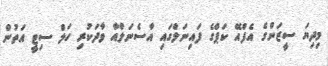
މިދިޔަ ސީޒަންގެ އެފްއޭ ކަޕްގެ ފައިނަލްގައި އާސެނަލްއާ ވާދަކުރި ހަލް ސިޓީ އަތުން